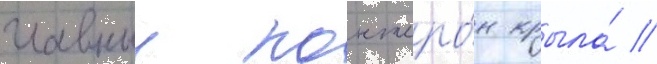
главныи лонжеро́н крыла́ /